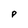
Character: P